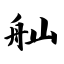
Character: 舢